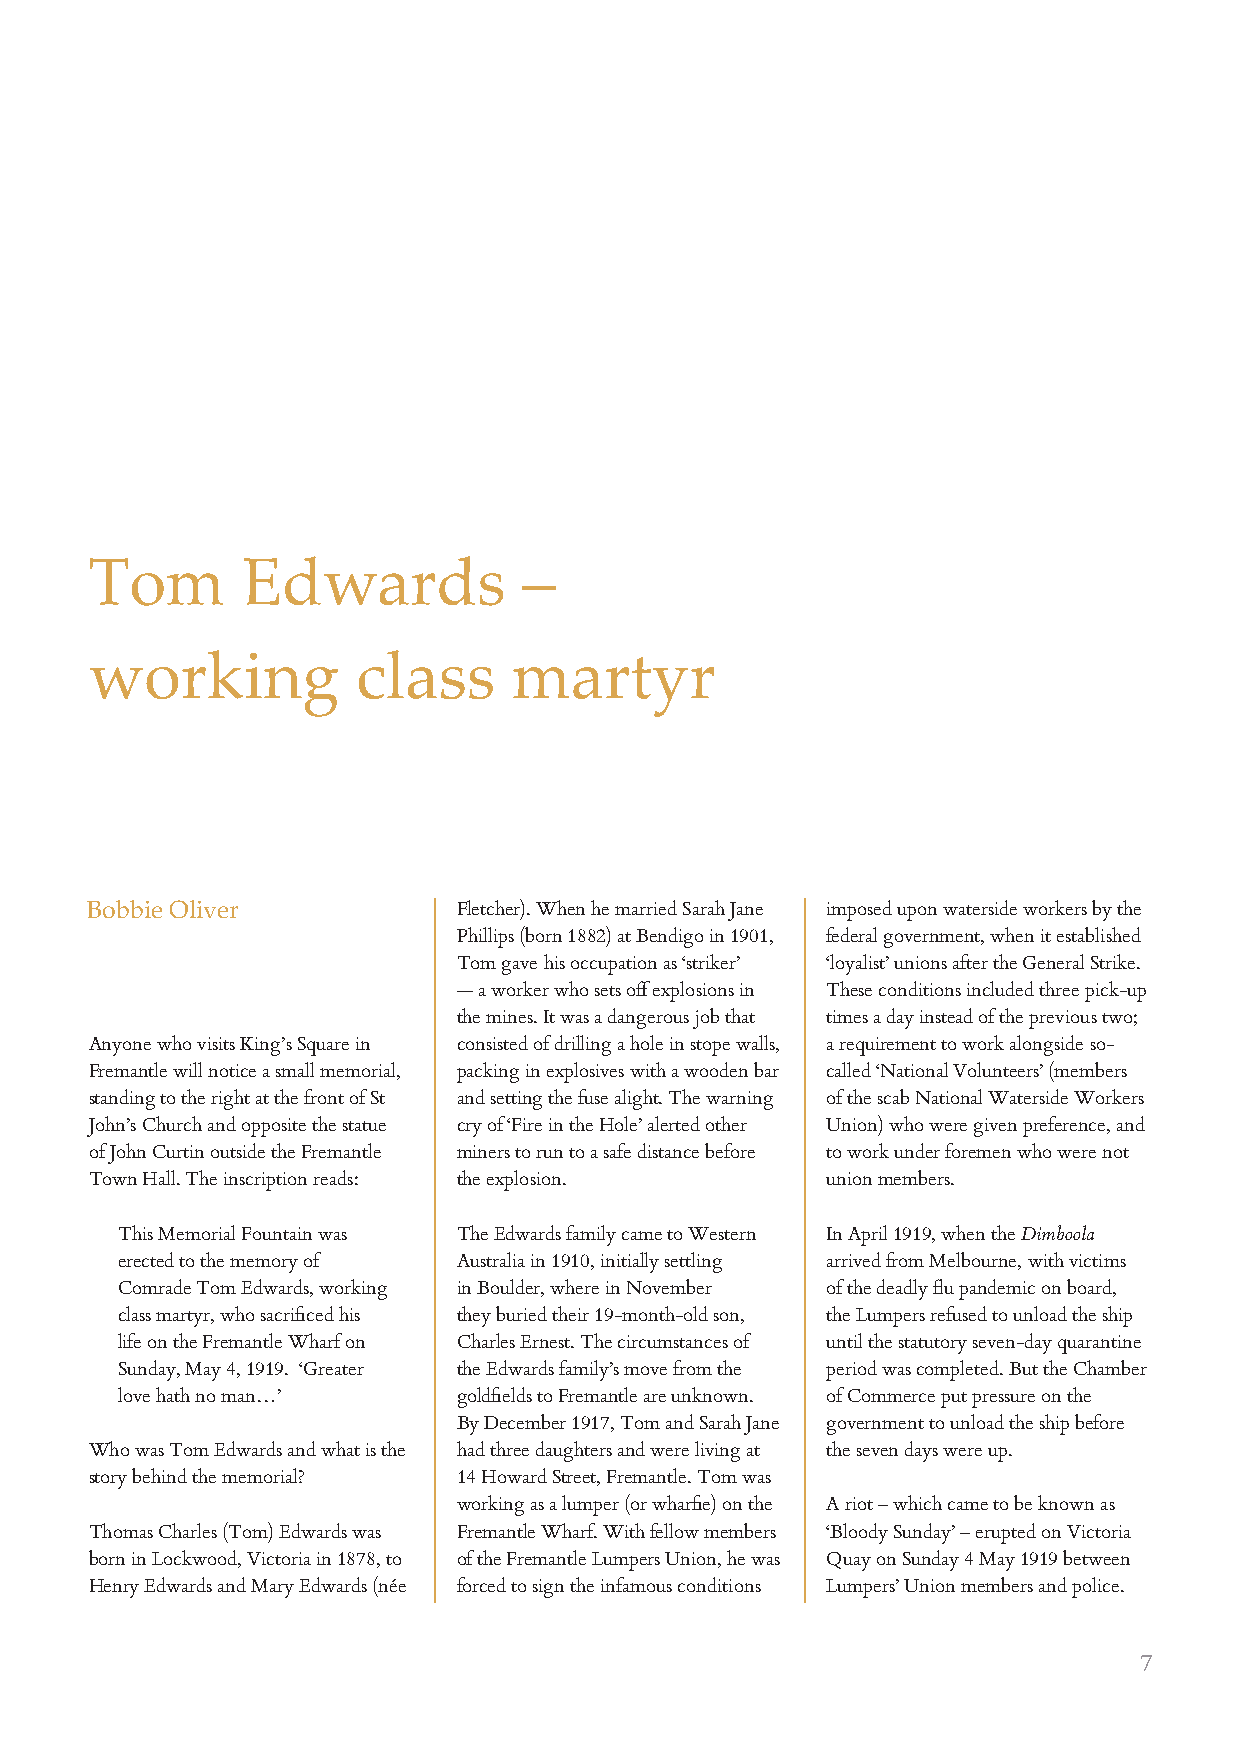
Tom       Edwards            –
 working           class     martyr
 Bobbie Oliver           Fletcher). When he married Sarah Jane imposed upon waterside workers by the
 Phillips (born 1882) at Bendigo in 1901, federal government, when it established
 Tom gave his occupation as ‘striker’ ‘loyalist’ unions after the General Strike.
 — a worker who sets off explosions in These conditions included three pick-up
 the mines. It was a dangerous job that times a day instead of the previous two;
 Anyone who visits King’s Square in consisted of drilling a hole in stope walls, a requirement to work alongside so-
 Fremantle will notice a small memorial, packing in explosives with a wooden bar called ‘National Volunteers’ (members
 standing to the right at the front of St and setting the fuse alight. The warning of the scab National Waterside Workers
 John’s Church and opposite the statue cry of ‘Fire in the Hole’ alerted other Union) who were given preference, and
 of John Curtin outside the Fremantle miners to run to a safe distance before to work under foremen who were not
 Town Hall. The inscription reads: the explosion. union members.
 This Memorial Fountain was The Edwards family came to Western In April 1919, when the Dimboola
 erected to the memory of Australia in 1910, initially settling arrived from Melbourne, with victims
 Comrade Tom Edwards, working in Boulder, where in November of the deadly flu pandemic on board,
 class martyr, who sacrificed his they buried their 19-month-old son, the Lumpers refused to unload the ship
 life on the Fremantle Wharf on Charles Ernest. The circumstances of until the statutory seven-day quarantine
 Sunday, May 4, 1919. ‘Greater the Edwards family’s move from the period was completed. But the Chamber
 love hath no man…’    goldfields to Fremantle are unknown. of Commerce put pressure on the
 By December 1917, Tom and Sarah Jane government to unload the ship before
 Who was Tom Edwards and what is the had three daughters and were living at the seven days were up.
 story behind the memorial? 14 Howard Street, Fremantle. Tom was
 working as a lumper (or wharfie) on the A riot – which came to be known as
 Thomas Charles (Tom) Edwards was Fremantle Wharf. With fellow members ‘Bloody Sunday’ – erupted on Victoria
 born in Lockwood, Victoria in 1878, to of the Fremantle Lumpers Union, he was Quay on Sunday 4 May 1919 between
 Henry Edwards and Mary Edwards (née forced to sign the infamous conditions Lumpers’ Union members and police.
 7